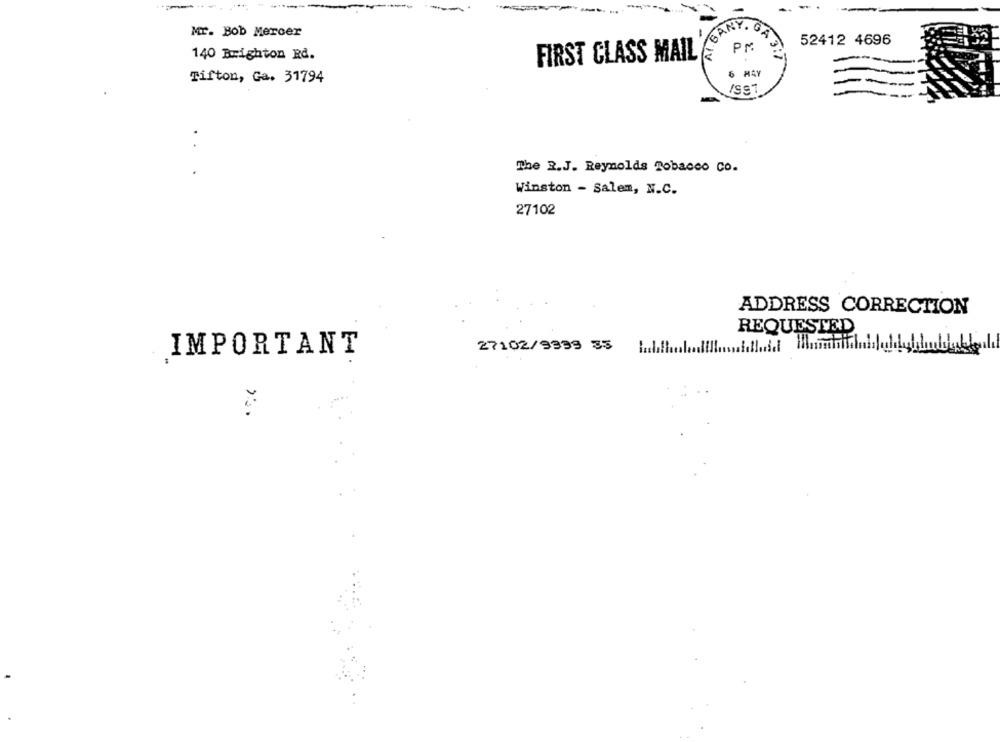
ANY
Mr. Bob Mercer
04
52412 4696
PM
140 Brighton Rd.
FIRST CLASS MAIL
6 MAY
Tifton, Ga. 31794
The 2.J. Reynolds Tobacco Co.
Winston - Salem, N.C.
27102
ADDRESS CORRECTION
REQUESTED
IMPORTANT
27102/9399 35 1.1.